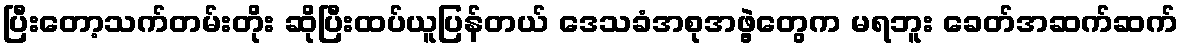
ပြီးတော့သက်တမ်းတိုး ဆိုပြီးထပ်ယူပြန်တယ် ဒေသခံအစုအဖွဲ့တွေက မရဘူး ခေတ်အဆက်ဆက်